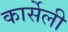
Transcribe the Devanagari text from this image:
कार्सेली